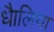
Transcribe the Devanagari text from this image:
धैालिया